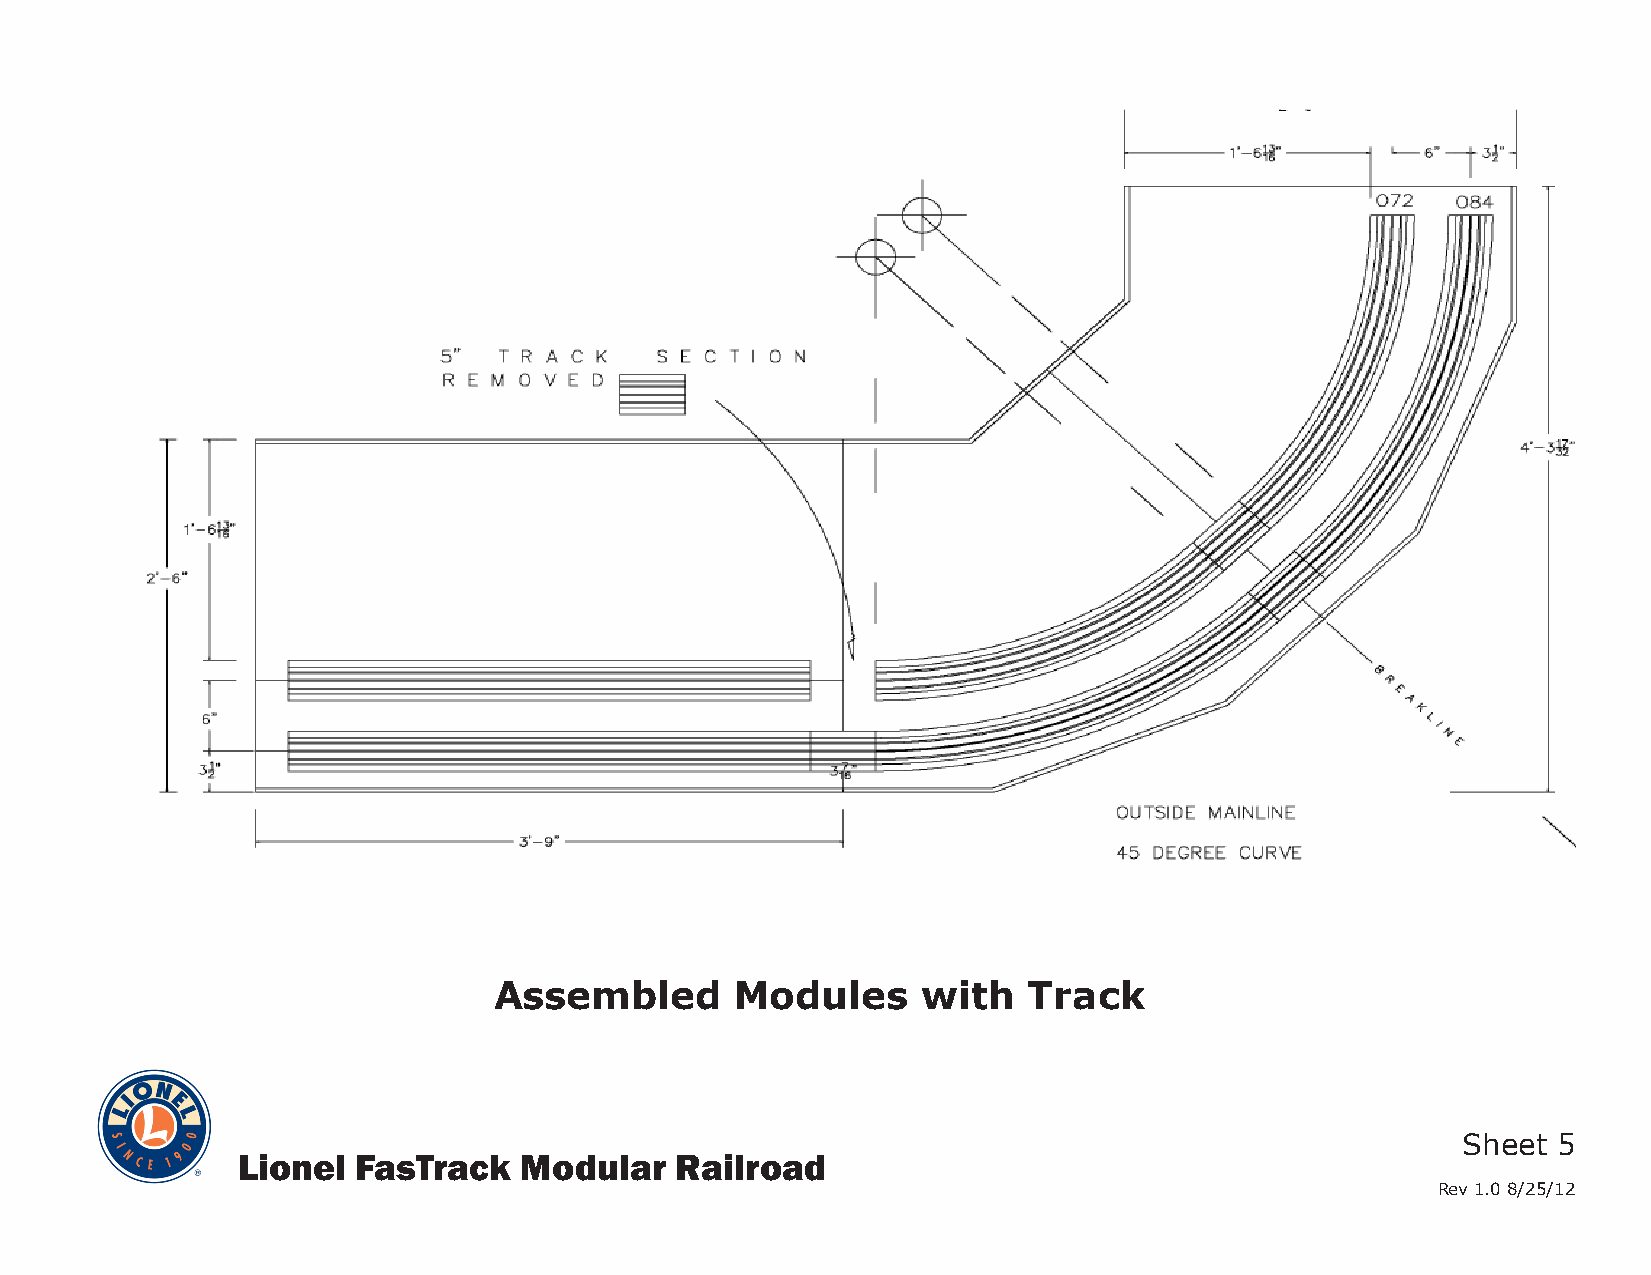
Assembled       Modules     with   Track
 Sheet 5
 Lionel  FasTrack  Modular    Railroad
 Rev 1.0 8/25/12